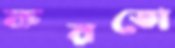
করতো